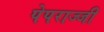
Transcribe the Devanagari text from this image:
पेपराज्जी